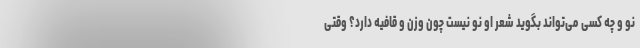
نو و چه کسی می‌تواند بگوید شعر او نو نیست چون وزن و قافیه دارد؟ وقتی